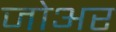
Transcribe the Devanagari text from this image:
जोअर